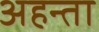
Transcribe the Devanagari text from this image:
अहन्ता